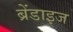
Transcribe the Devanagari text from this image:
ब्रेंडाइज